Indian journal of veterinary science and animal husbandry - Volume 11,
Year: 1941
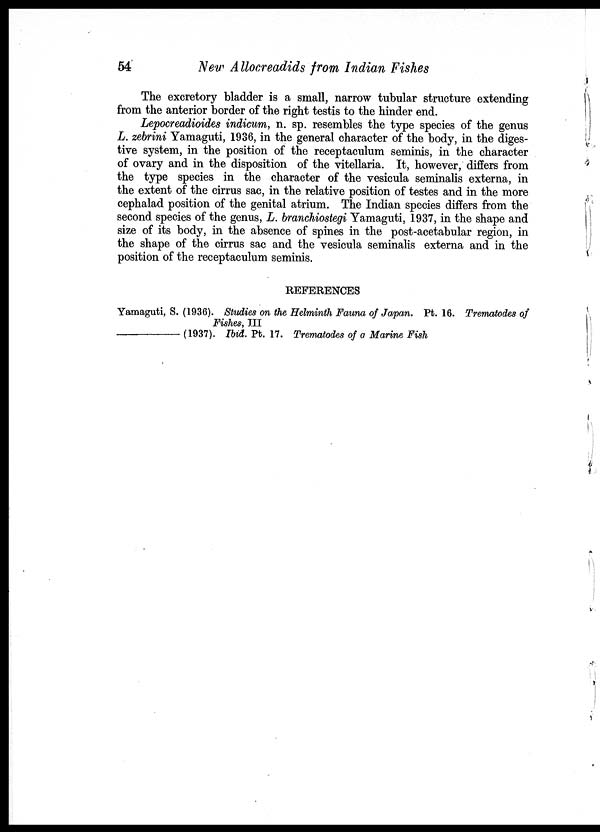
54
New Allocreadids from Indian Fishes
The excretory bladder is a small, narrow tubular structure extending
from the anterior border of the right testis to the hinder end.
Lepocreadioides indicum, n. sp. resembles the type species of the genus
L. zebrini Yamaguti, 1936, in the general character of the body, in the diges-
tive system, in the position of the receptaculum seminis, in the character
of ovary and in the disposition of the vitellaria. It, however, differs from
the type species in the character of the vesicula seminalis externa, in
the extent of the cirrus sac, in the relative position of testes and in the more
cephalad position of the genital atrium. The Indian species differs from the
second species of the genus, L. branchiostegi Yamaguti, 1937, in the shape and
size of its body, in the absence of spines in the post-acetabular region, in
the shape of the cirrus sac and the vesicula seminalis externa and in the
position of the receptaculum seminis.
REFERENCES
Yamaguti, S. (1936). Studies on the Helminth Fauna of Japan. Pt. 16. Trematodes of
Fishes, III
(1937). Ibid. Pt. 17. Trematodes of a Marine Fish